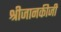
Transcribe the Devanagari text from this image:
श्रीजानकीजी